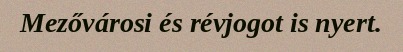
Mezővárosi és révjogot is nyert.